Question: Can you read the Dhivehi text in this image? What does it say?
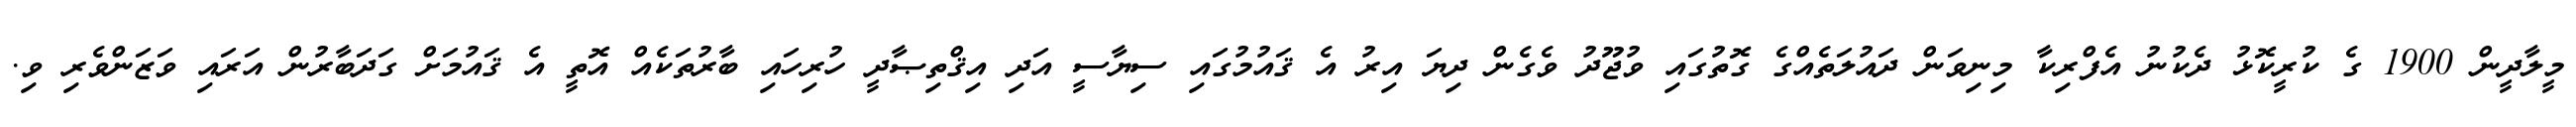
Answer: މީލާދީން 1900 ގެ ކުރީކޮޅު ދެކުނު އެފްރިކާ މިނިވަން ދައުލަތެއްގެ ގޮތުގައި ވުޖޫދު ވެގެން ދިޔަ އިރު އެ ޤައުމުގައި ސިޔާސީ އަދި އިޤްތިޞާދީ ހުރިހައި ބާރުތަކެއް އޮތީ އެ ޤައުމަށް ގަދަބާރުން އަރައި ވަޒަންވެރި ވި.